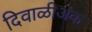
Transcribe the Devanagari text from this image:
दिवाळीअंक